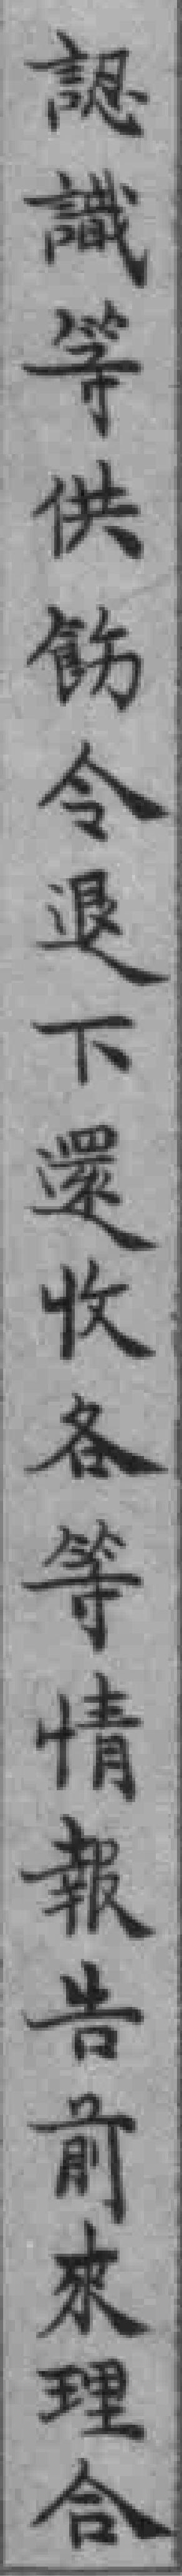
認識等供飭令退下還收各等情報告前來理合